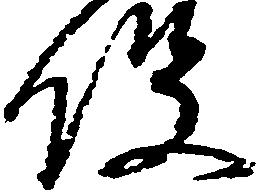
役